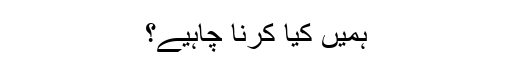
ہمیں کیا کرنا چاہیے؟